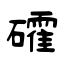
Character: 礭